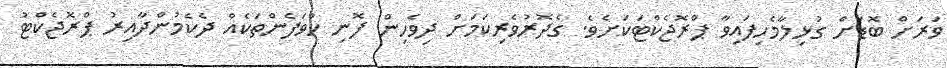
ވަރަށް ބޮޑަށް ގުޅިލާމެހިފައިވާ ޕްރޮޖެކްޓަކަށެވެ. ގެދޮރުވެރިކަމަށް ދިވެހިން ފޮނި ހުވަފެންތަކެއް ދެކެމުންދާއިރު ޕްރޮޖެކްޓު